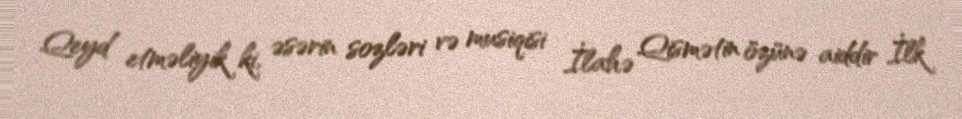
Qeyd etməliyik ki, əsərin sozləri və musiqisi İlahə Qismətin özünə aiddir İlk